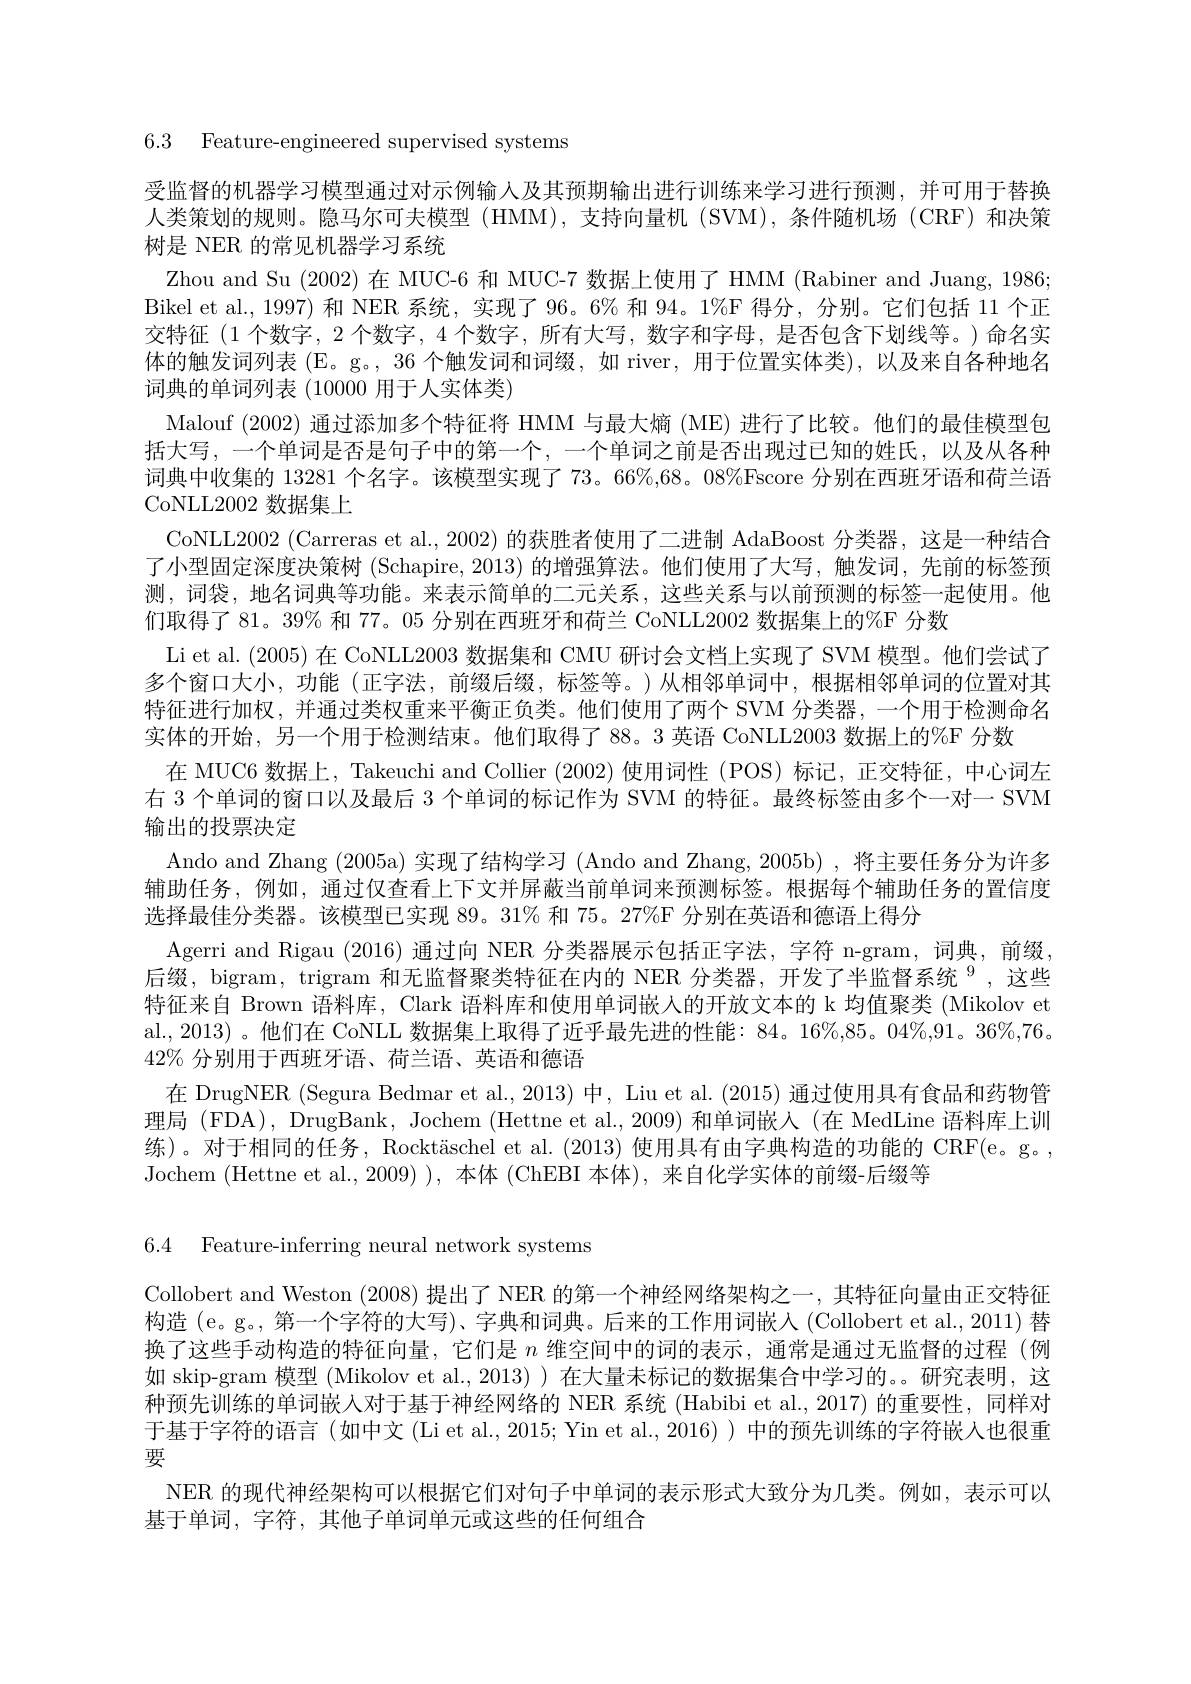
6.3 Feature-engineered supervised systems

受监督的机器学习模型通过对示例输人及其预期输出进行训练来学习进行预测，并可用于替换人类策划的规则。隐马尔可夫模型(HMM),支持向量机(SVM),条件随机场(CRF)和决策树是 NER 的常见机器学习系统
Zhou and Su (2002)在 MUC-6 和 MUC-7 数据上使用了 HMM (Rabiner and Juang, 1986; Bikel et al., 1997) 和 NER 系统，实现了 96。6% 和 94。1%F 得分，分别。它们包括 11 个正交特征(1个数字，2个数字，4个数字，所有大写，数字和字母，是否包含下划线等。)命名实体的触发词列表(E。g。, 36 个触发词和词缀，如 river, 用于位置实体类), 以及来自各种地名词典的单词列表 (10000 用于人实体类)
Malouf (2002) 通过添加多个特征将 HMM 与最大熵 (ME) 进行了比较。他们的最佳模型包括大写，一个单词是否是句子中的第一个，一个单词之前是否出现过已知的姓氏，以及从各种词典中收集的 13281 个名字。该模型实现了 73。66%,68。08%Fscore 分别在西班牙语和荷兰语CoNLL2002 数据集上
CoNLL2002 (Carreras et al., 2002) 的获胜者使用了二进制 AdaBoost 分类器，这是一种结合了小型固定深度决策树 (Schapire, 2013) 的增强算法。他们使用了大写，触发词，先前的标签预测，词袋，地名词典等功能。来表示简单的二元关系，这些关系与以前预测的标签一起使用。他们取得了 81。39% 和 77。05 分别在西班牙和荷兰 CoNLL2002 数据集上的%F 分数
Li et al. (2005) 在 CoNLL2003 数据集和 CMU 研讨会文档上实现了 SVM 模型。他们尝试了多个窗口大小，功能(正字法，前缀后缀，标签等。)从相邻单词中，根据相邻单词的位置对其特征进行加权，并通过类权重来平衡正负类。他们使用了两个 SVM 分类器，一个用于检测命名实体的开始，另一个用于检测结束。他们取得了 88。3 英语 CoNLL2003 数据上的%F 分数
在 MUC6 数据上，Takeuchi and Collier (2002)使用词性 (POS)标记，正交特征，中心词左右 3 个单词的窗口以及最后 3 个单词的标记作为 SVM 的特征。最终标签由多个一对一 SVM 输出的投票决定
Ando and Zhang (2005a) 实现了结构学习 (Ando and Zhang, 2005b) ,将主要任务分为许多辅助任务，例如，通过仅查看上下文并屏蔽当前单词来预测标签。根据每个辅助任务的置信度选择最佳分类器。该模型已实现 89。31% 和 75。27%F 分别在英语和德语上得分
Agerri and Rigau (2016)通过向 NER 分类器展示包括正字法，字符 n-gram, 词典，前缀后缀，bigram, trigram 和无监督聚类特征在内的 NER 分类器，开发了半监督系统$^{9}$,这些特征来自 Brown 语料库，Clark 语料库和使用单词嵌入的开放文本的 k 均值聚类 (Mikolov et al., 2013) 。他们在 CoNLL 数据集上取得了近乎最先进的性能：84。16%,85。04%,91。36%,76。$42\%$分别用于西班牙语、荷兰语、英语和德语
在 DrugNER (Segura Bedmar et al., 2013) 中，Liu et al. (2015) 通过使用具有食品和药物管理局 (FDA), DrugBank, Jochem (Hettne et al., 2009) 和单词嵌入 (在 MedLine 语料库上训练)。对于相同的任务，Rocktäschel et al.(2013) 使用具有由字典构造的功能的 CRF(e。g。, Jochem (Hettne et al., 2009) ), 本体 (ChEBI 本体), 来自化学实体的前缀-后缀等

6.4 Feature-inferring neural network systems

Collobert and Weston (2008) 提出了 NER 的第一个神经网络架构之一，其特征向量由正交特征构造 (e。g。, 第一个字符的大写)、字典和词典。后来的工作用词嵌入 (Collobert et al., 2011) 替换了这些手动构造的特征向量，它们是$n$维空间中的词的表示，通常是通过无监督的过程(例如 skip-gram 模型 (Mikolov et al., 2013) ) 在大量未标记的数据集合中学习的。。研究表明，这种预先训练的单词嵌入对于基于神经网络的 NER 系统 (Habibi et al.,2017) 的重要性，同样对于基于字符的语言(如中文(Li et al., 2015; Yin et al., 2016)) 中的预先训练的字符嵌入也很重要
NER 的现代神经架构可以根据它们对句子中单词的表示形式大致分为几类。例如，表示可以
基于单词，字符，其他子单词单元或这些的任何组合